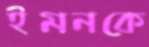
ইমনকে